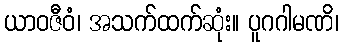
ယာဝဇီဝံ၊ အသက်ထက်ဆုံး။ ပူဂဂါမဏိ၊